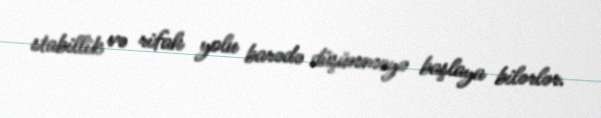
stabillik və rifah yolu barədə düşünməyə başlaya bilərlər.